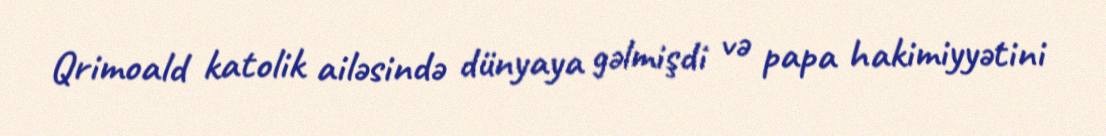
Qrimoald katolik ailəsində dünyaya gəlmişdi və papa hakimiyyətini